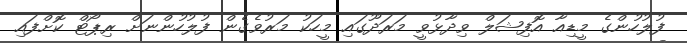
ފުލުހުންގެ މީޑިއާ އޮފިޝަލް ވިދާޅުވީ މަރަދޫގައި މީހަކު މަރުވެގެން ފުލުހުންނަށް ރިޕޯޓް ކޮށްފައި